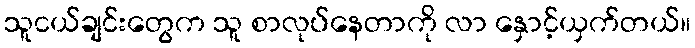
သူငယ်ချင်းတွေက သူ စာလုပ်နေတာကို လာ နှောင့်ယှက်တယ်။